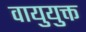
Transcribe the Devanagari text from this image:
वायुयुक्त